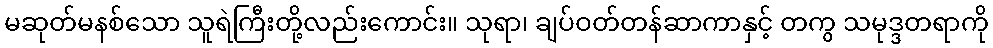
မဆုတ်မနစ်သော သူရဲကြီးတို့လည်းကောင်း။ သုရာ၊ ချပ်ဝတ်တန်ဆာကာနှင့် တကွ သမုဒ္ဒတရာကို